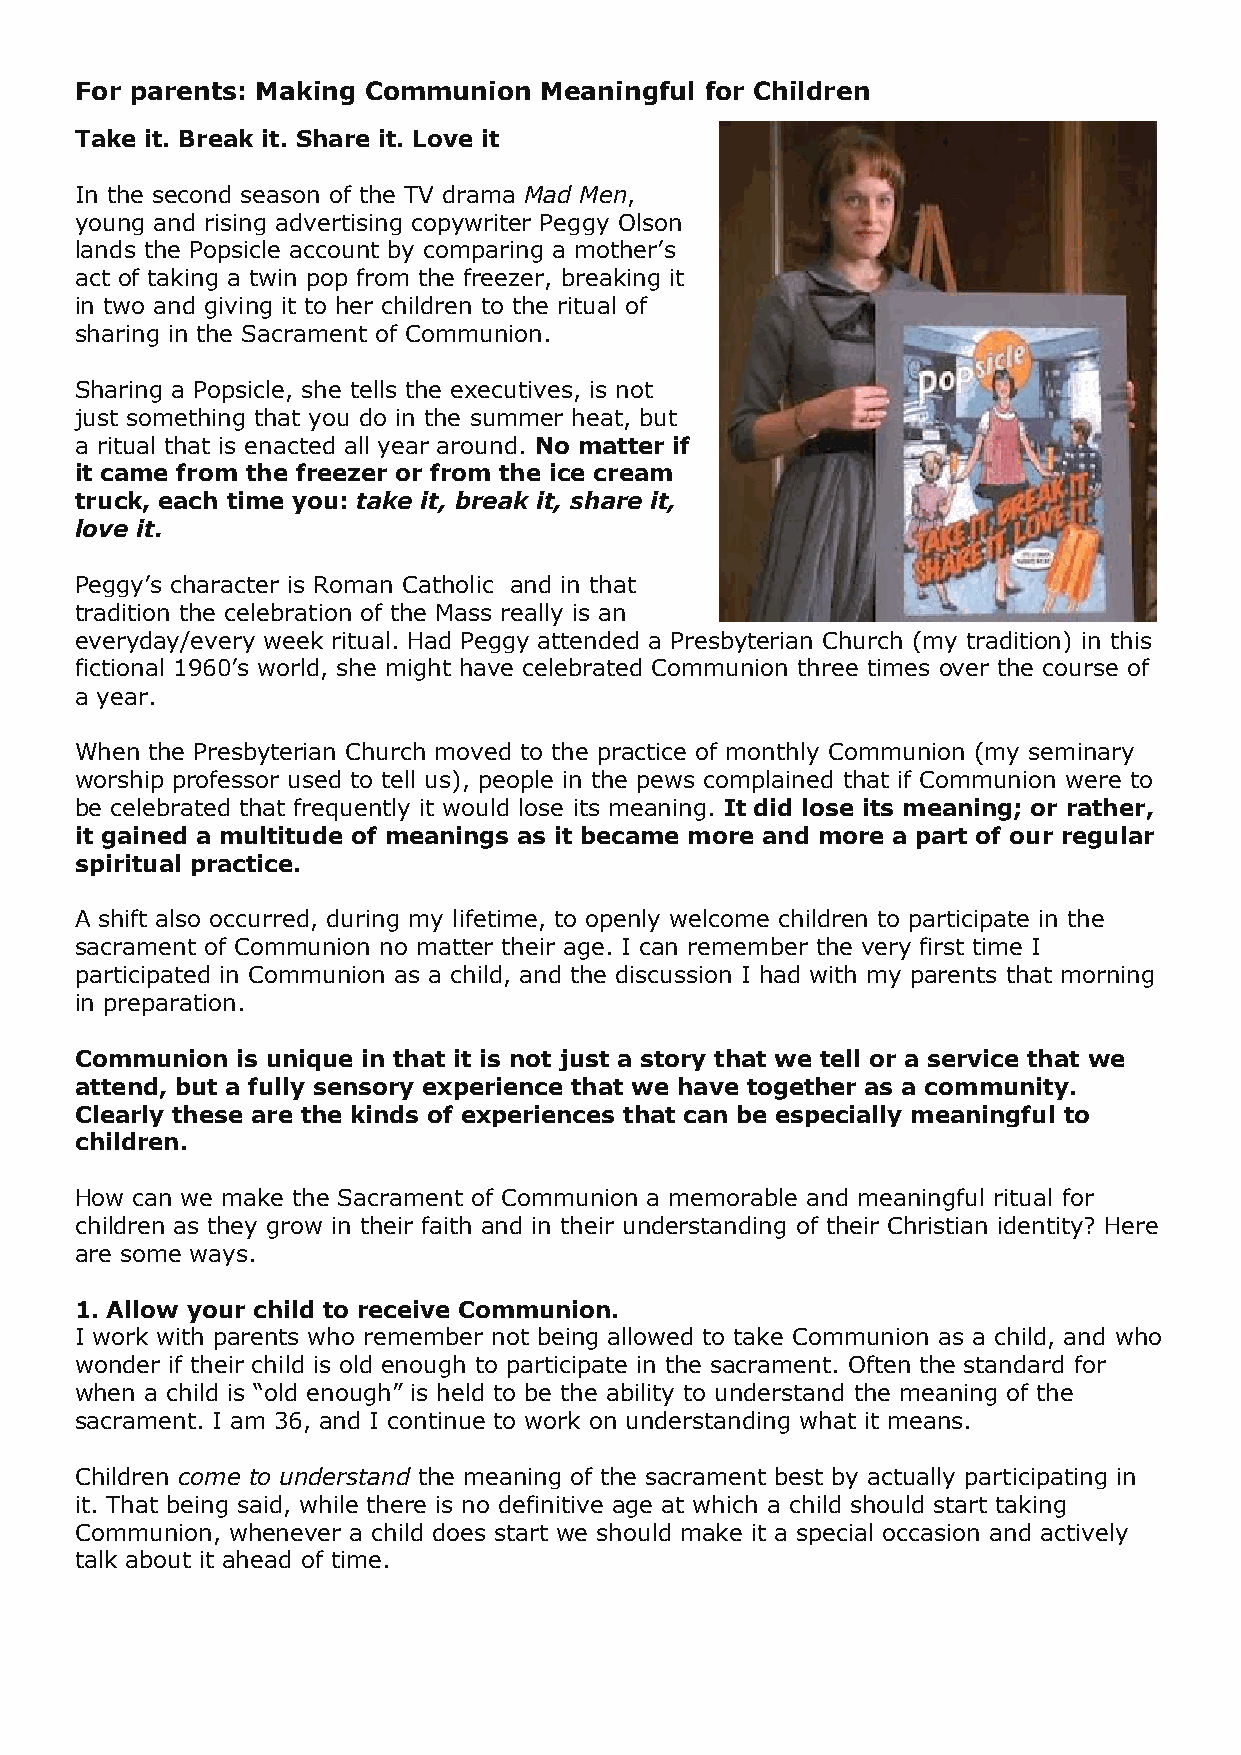
For parents: Making Communion  Meaningful for Children
 Take it. Break it. Share it. Love it
 In the second season of the TV drama Mad Men,
 young and rising advertising copywriter Peggy Olson
 lands the Popsicle account by comparing a mother’s
 act of taking a twin pop from the freezer, breaking it
 in two and giving it to her children to the ritual of
 sharing in the Sacrament of Communion.
 Sharing a Popsicle, she tells the executives, is not
 just something that you do in the summer heat, but
 a ritual that is enacted all year around. No matter if
 it came from the freezer or from the ice cream
 truck, each time you: take it, break it, share it,
 love it.
 Peggy’s character is Roman Catholic and in that
 tradition the celebration of the Mass really is an
 everyday/every week ritual. Had Peggy attended a Presbyterian Church (my tradition) in this
 fictional 1960’s world, she might have celebrated Communion three times over the course of
 a year.
 When the Presbyterian Church moved to the practice of monthly Communion (my seminary
 worship professor used to tell us), people in the pews complained that if Communion were to
 be celebrated that frequently it would lose its meaning. It did lose its meaning; or rather,
 it gained a multitude of meanings as it became more and more a part of our regular
 spiritual practice.
 A shift also occurred, during my lifetime, to openly welcome children to participate in the
 sacrament of Communion no matter their age. I can remember the very first time I
 participated in Communion as a child, and the discussion I had with my parents that morning
 in preparation.
 Communion  is unique in that it is not just a story that we tell or a service that we
 attend, but a fully sensory experience that we have together as a community.
 Clearly these are the kinds of experiences that can be especially meaningful to
 children.
 How can we make the Sacrament of Communion a memorable and meaningful ritual for
 children as they grow in their faith and in their understanding of their Christian identity? Here
 are some ways.
 1. Allow your child to receive Communion.
 I work with parents who remember not being allowed to take Communion as a child, and who
 wonder if their child is old enough to participate in the sacrament. Often the standard for
 when a child is “old enough” is held to be the ability to understand the meaning of the
 sacrament. I am 36, and I continue to work on understanding what it means.
 Children come to understand the meaning of the sacrament best by actually participating in
 it. That being said, while there is no definitive age at which a child should start taking
 Communion, whenever a child does start we should make it a special occasion and actively
 talk about it ahead of time.